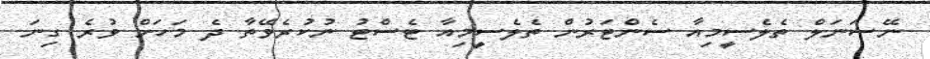
ނޭޝަނަލް ތެލެސީމިއާ ސެންޓަރުން ތެލެސީމިއާ ޓެސްޓު ނުކުރެވޭތާ ދެ މަހަށް ވުރެ ގިނަ